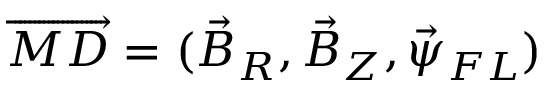
\overrightarrow { M D } = ( \vec { B } _ { R } , \vec { B } _ { Z } , \vec { \psi } _ { F L } )